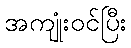
အကျုံးဝင်ပြီး